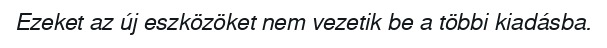
Ezeket az új eszközöket nem vezetik be a többi kiadásba.